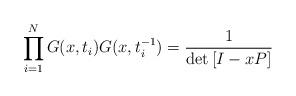
LaTeX: \begin{align*}\prod_{i=1}^{N}G(x,t_{i})G(x,t_{i}^{-1}) =\frac{1}{\det\left[I-xP\right]}\end{align*}